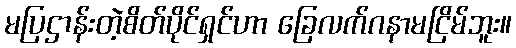
မပြဌာန်းတဲ့စိတ်ပိုင်ရှင်ဟာ ခြေလက်ဂနာမငြိမ်ဘူး။